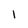
Character: l